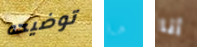
توضيحه ما أنا